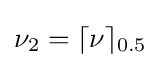
\nu _{2}=\lceil \nu \rceil _{0.5}